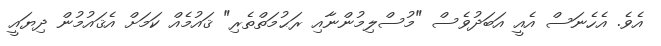
އެވެ. އެހެނަސް އެއީ އަބަދުވެސް "މުސްލިމުންނާއި ރަޙުމަތްތެރި" ޤައުމެއް ކަމަށް އެޤައުމުން ދިޔައީ